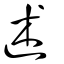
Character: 述